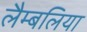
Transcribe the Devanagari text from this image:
लैम्बलिया